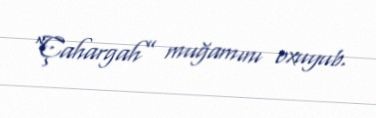
“Çahargah” muğamını oxuyub.